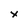
Character: x